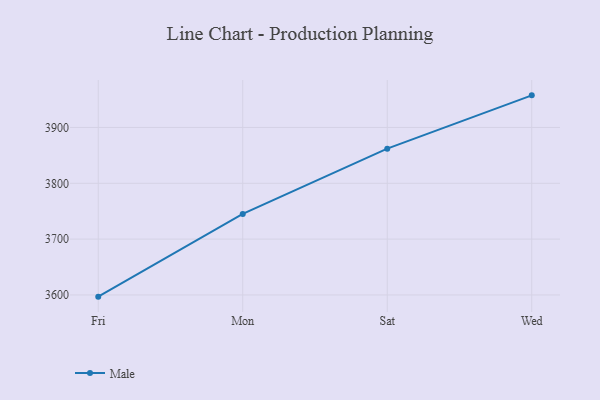
{"axis": {"x": "Day", "y": "Humidity (%)"}, "legend": ["Male"], "data": [{"x": "Fri", "y": 3597.0, "type": "Male"}, {"x": "Mon", "y": 3745.2, "type": "Male"}, {"x": "Sat", "y": 3862.0, "type": "Male"}, {"x": "Wed", "y": 3957.5, "type": "Male"}]}